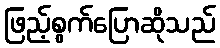
ဖြည့်စွက်ပြောဆိုသည်